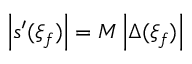
\left| s ^ { \prime } ( \xi _ { f } ) \right| = M \left| \Delta ( \xi _ { f } ) \right|